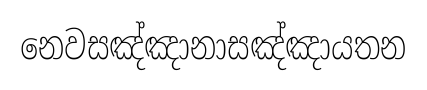
නෙවසඤ්ඤානාසඤ්ඤායතන